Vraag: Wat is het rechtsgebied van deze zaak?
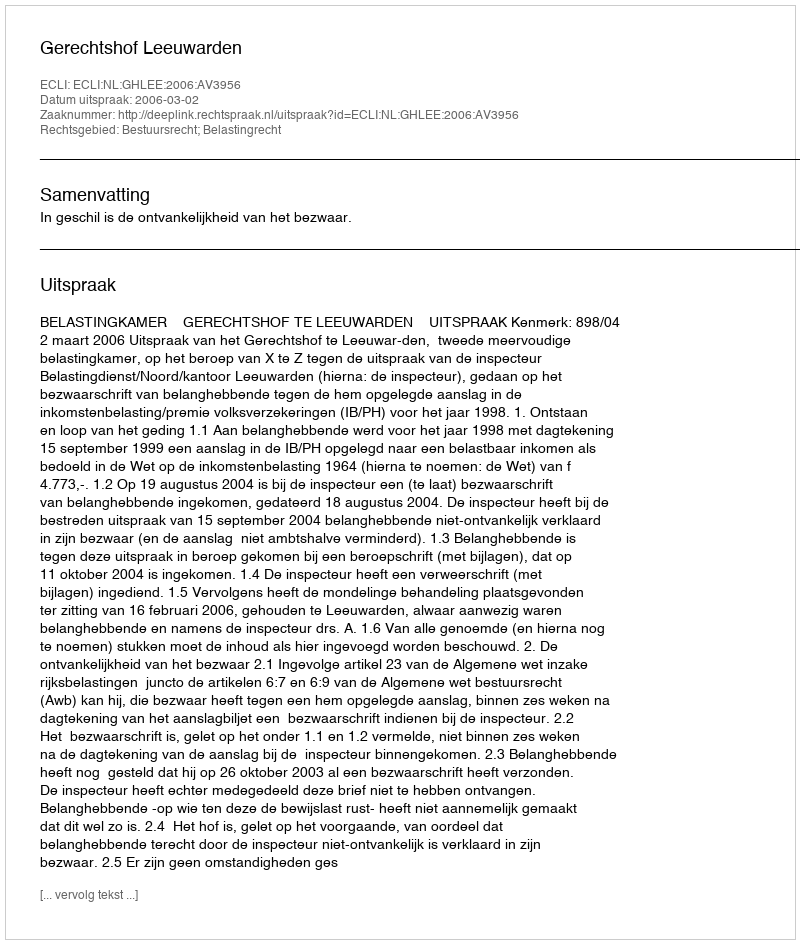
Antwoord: Bestuursrecht; Belastingrecht